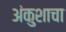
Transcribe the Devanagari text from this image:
अंकुशाचा